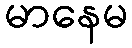
မာနေမ